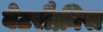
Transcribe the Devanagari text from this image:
वेटरौक्रीस